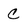
Character: C